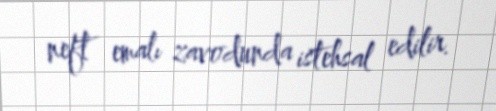
neft emalı zavodunda istehsal edilir.